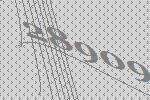
28909